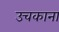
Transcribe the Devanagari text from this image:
उचकाना